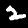
Digit: 2